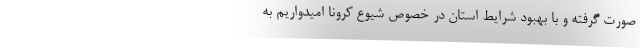
صورت گرفته و با بهبود شرایط استان در خصوص شیوع کرونا امیدواریم به